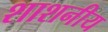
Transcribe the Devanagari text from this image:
शाशनीय